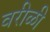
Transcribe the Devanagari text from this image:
वरीळी